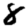
Digit: 8